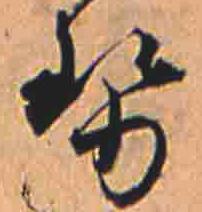
勢